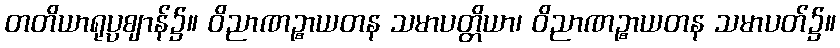
တတိယာရုပ္ပဈာန်၌။ ဝိညာဏဉ္စာယတန သမာပတ္တိယာ၊ ဝိညာဏဉ္စာယတန သမာပတ်၌။